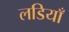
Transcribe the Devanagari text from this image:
लडियाँ